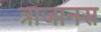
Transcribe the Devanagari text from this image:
त्राजानस